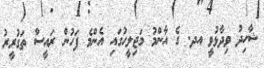
ޝާހިދު ވިދާޅުވީ އދ. ގެ އާންމު މަޖިލީހުގައި އެންމެ ފަހުން ރައީސް ތަގުރީރު